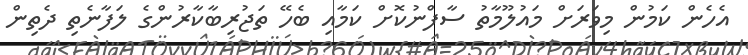
އެހެން ކަމުން މިވަރަށް މައުލޫމާތު ސާފްނުކޮށް ކަމާއި ބެހޭ ތަޖުރިބާކާރުންގެ ލަފާނެތި ދެތިން